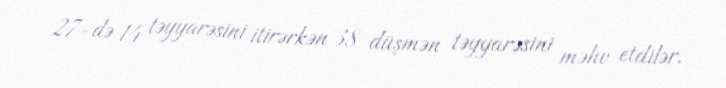
27-də 14 təyyarəsini itirərkən 38 düşmən təyyarəsini məhv etdilər.